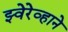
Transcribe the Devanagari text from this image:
झ्वेरेव्हाने